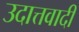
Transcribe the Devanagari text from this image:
उदात्तवादी